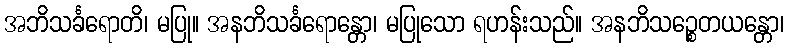
အဘိသင်္ခရောတိ၊ မပြု။ အနဘိသင်္ခရောန္တော၊ မပြုသော ရဟန်းသည်။ အနဘိသဉ္စေတယန္တော၊